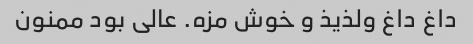
داغ داغ ولذیذ و خوش مزه. عالی بود ممنون